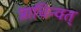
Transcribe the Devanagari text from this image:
प्राचिन्वत्‌